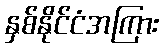
နှစ်နိုင်ငံအကြား